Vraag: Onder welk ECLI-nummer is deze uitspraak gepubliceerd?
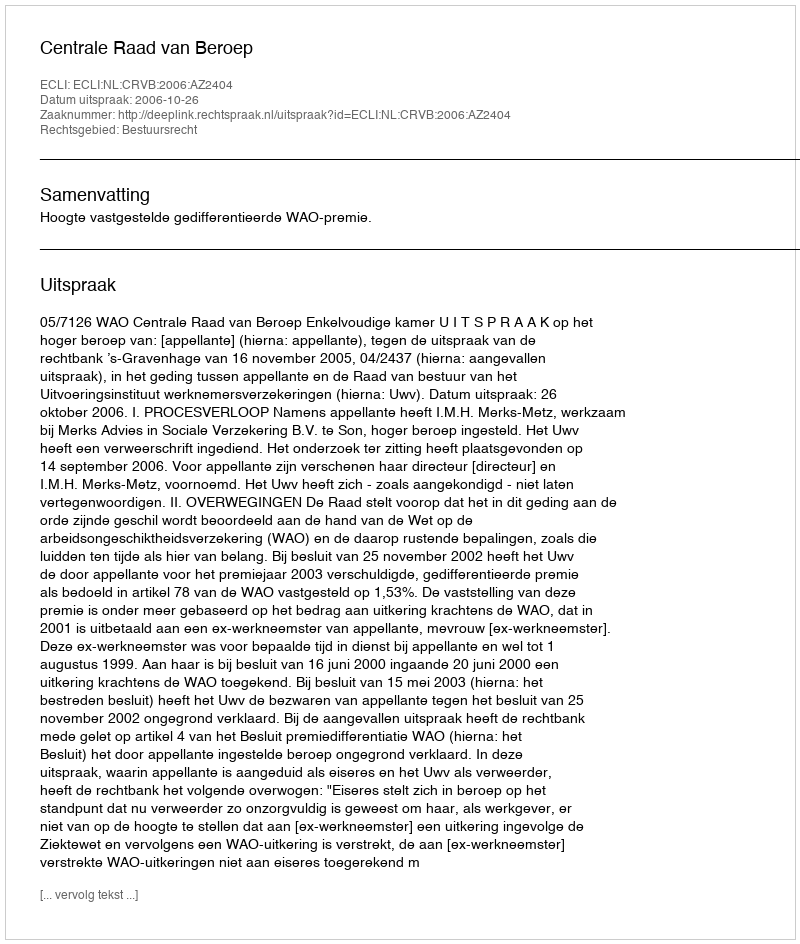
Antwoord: ECLI:NL:CRVB:2006:AZ2404